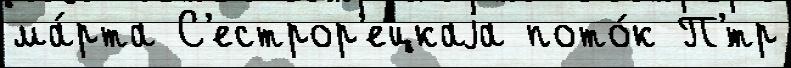
ма́рта С'естрор'ецкаjа пото́к П'́тр